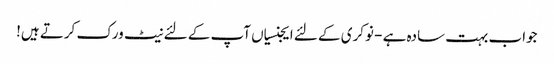
جواب بہت سادہ ہے - نوکری کے لئے ایجنسیاں آپ کے لئے نیٹ ورک کرتے ہیں!